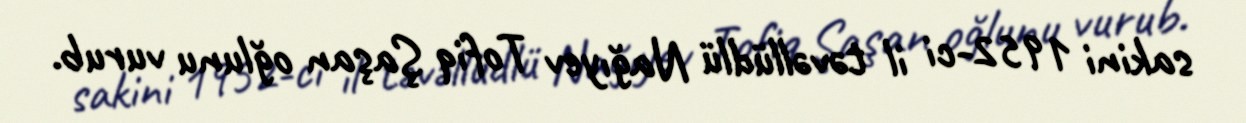
sakini 1952-ci il təvəllüdlü Nağıyev Tofiq Şaşan oğlunu vurub.